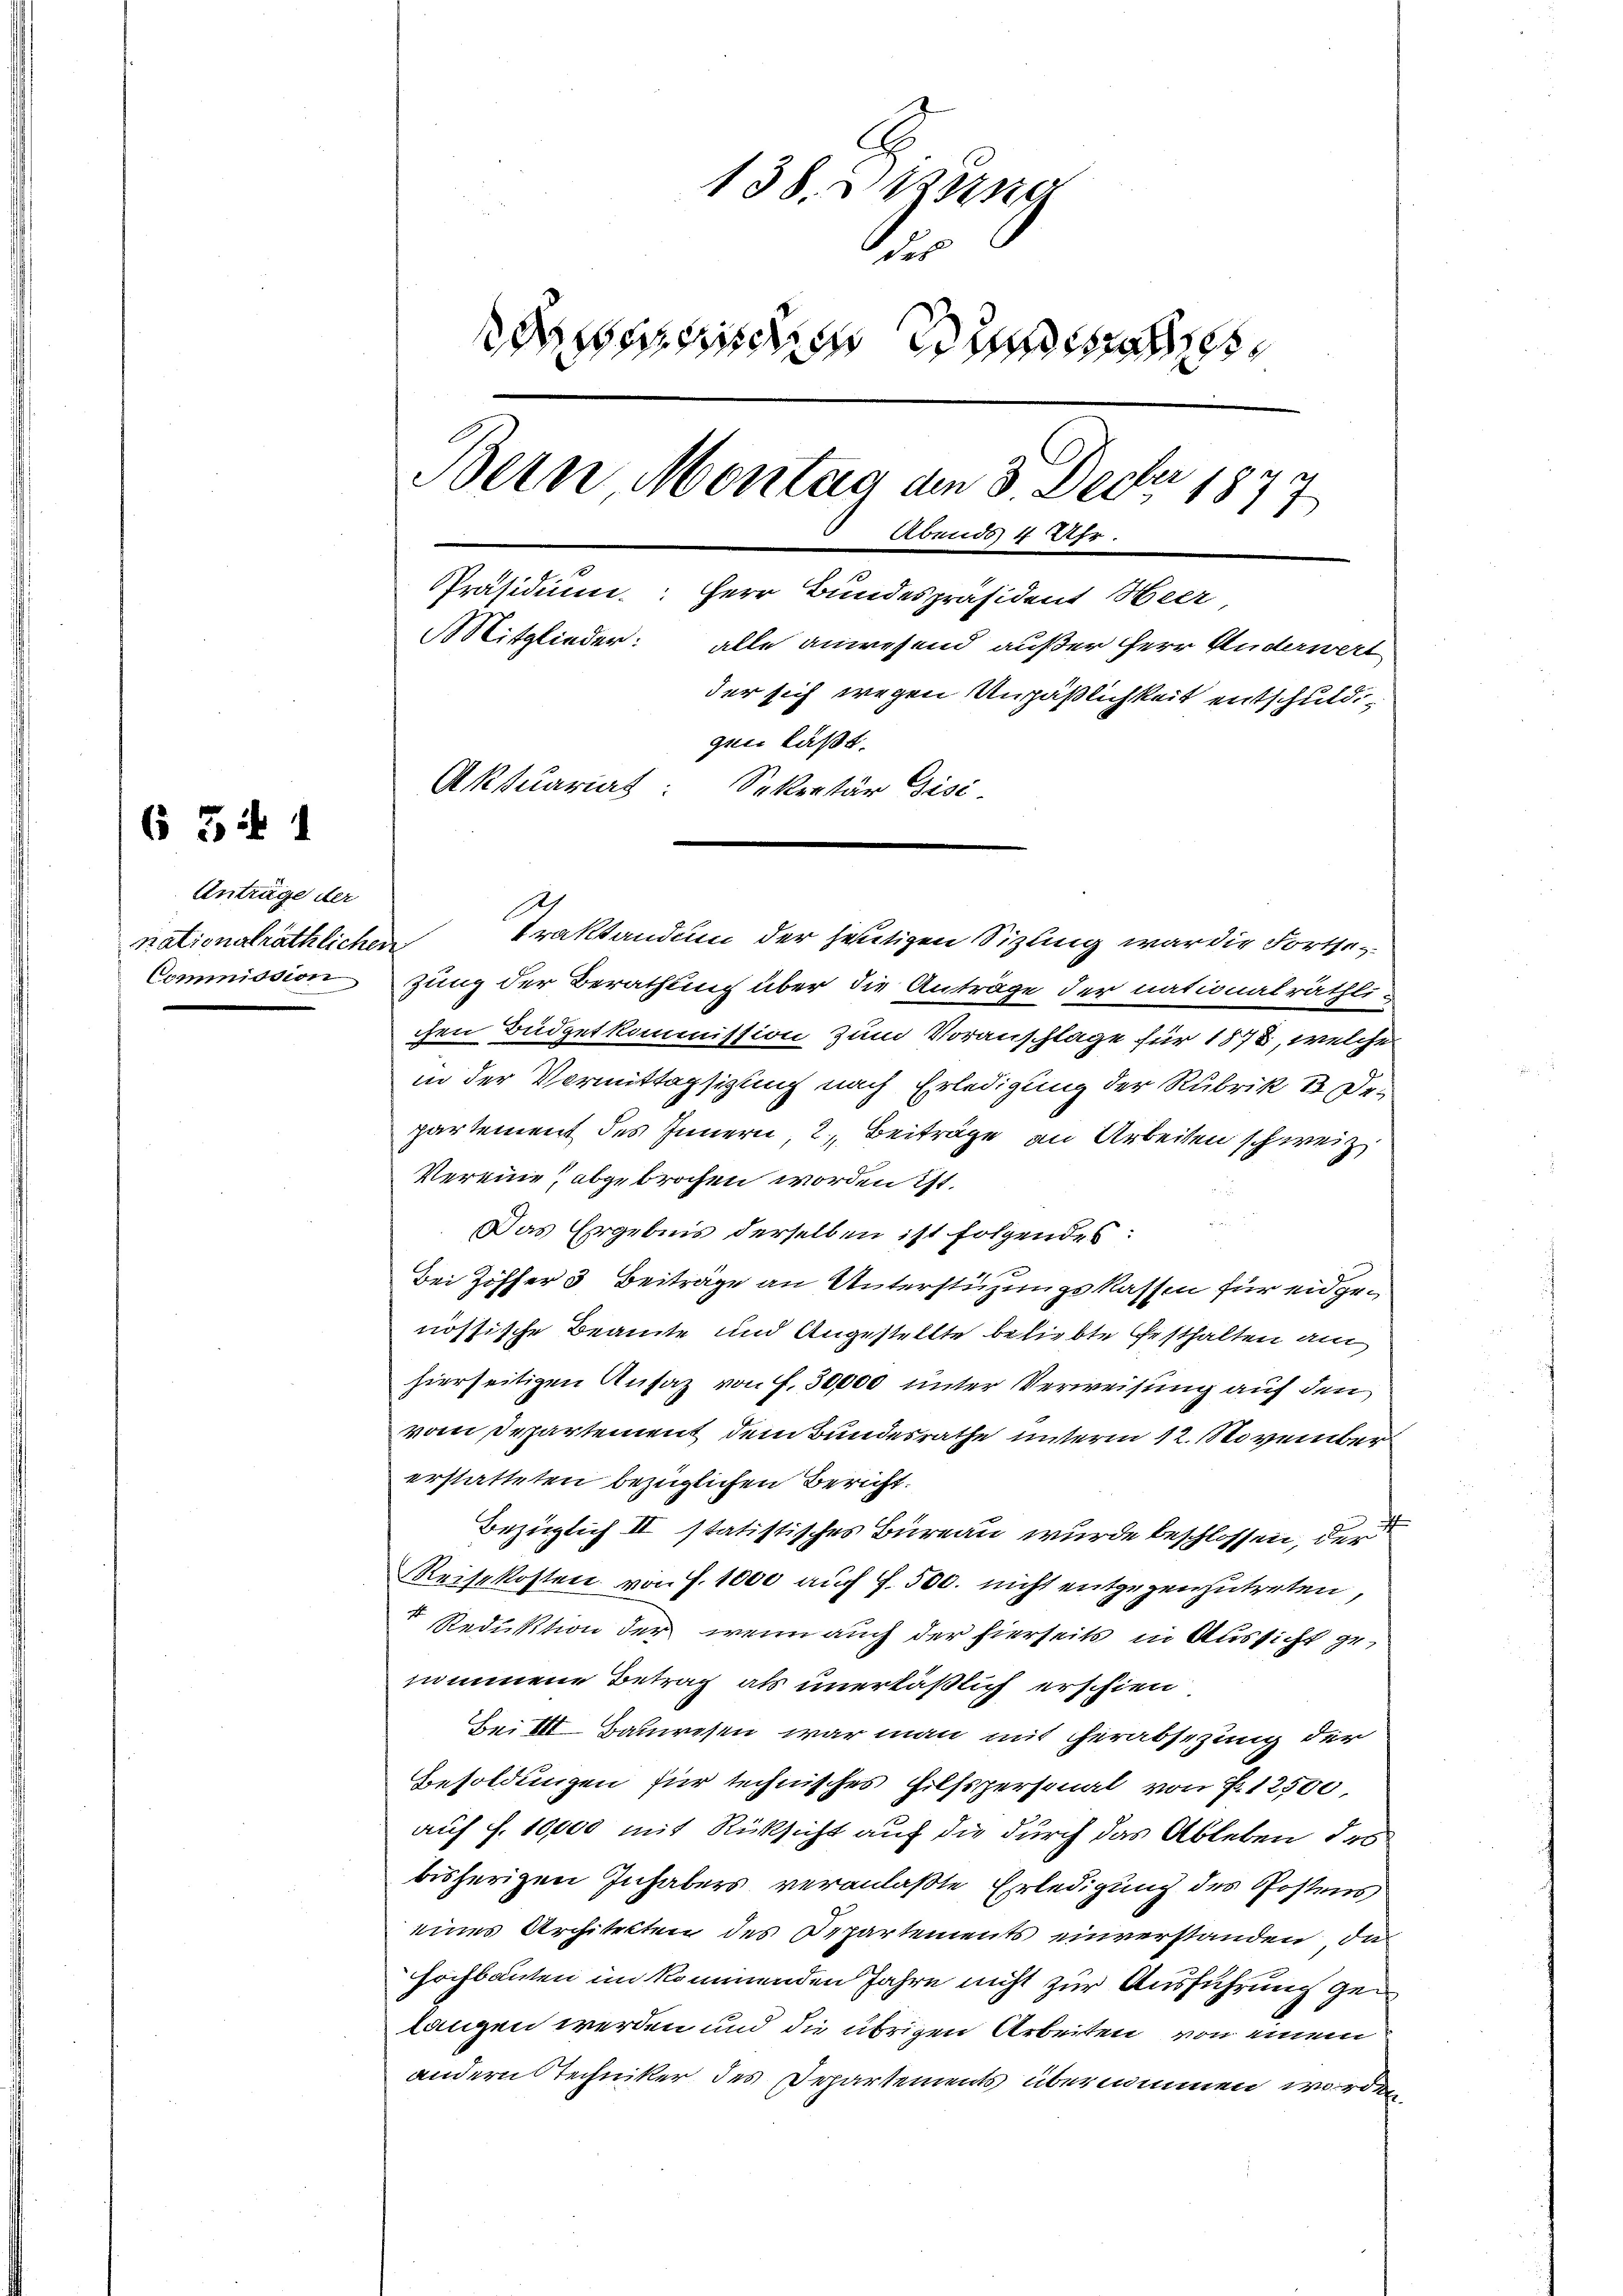
Anträge der
nationalräthlichen

6 5 f 1

138. Werne
Aus
deinen und
Bern Montag am 3. Decbr 1879
Abends 4 Uhr.
Präsidium. Herr Bundespräsident Heer,
Mitglieder:
alle anwesend außer Herr Anderwert
der sich wegen Unpäßlichkeit entschuldigen läßt.
Aktuariat: Sekretär Gise

Traktandum der heutigen Sizling war die Fortse¬
Commission zung der Berathung über die Anträge der nationalräthlichen Büdgetkommission zum Voranschlage für 1878, welche
in der Vermittagsizung nach Erledigung der Rubrik 12 Dr.
partement des Innern, 2. Beiträge, an Arbeiten schweiz
Vereine, abgebrochen worden ist.
Das Ergebnis derselben ist folgendes
Bei Ziffer 3 Beiträge an Unterstüzungskassen für eidgenössische Beamte und Angestellte beliebte festhalten am
hierseitigen Ansaz von f. 30000 unter Verweisung auf den
vom Departement dem Bundesrathe unterm 12. November
erstatteten bezüglichen Bericht.
Bezüglich II statistisches Büreau wurde beschlossen, der
Reisekosten von f. 1000 auch f. 500. nicht entgegenzutreten,
 Reduktion der wenn auch der hierseits in Aussicht genommene Betrag als unerläßlich erschien
Bei III Bauwesen war man mit herabsezung der
Besoldungen für technisches Hilfspersonal von P. 12500,
auf S. 10,000 mit Rücksicht auf die durch das Ableben des
bisherigen Inhabers veranlaßte Erledigung des Postens
eines Architekten des Departements einverstanden, da
hochbauten im kommenden Jahre nicht zur Ausführung gelangen werden und die übrigen Arbeiten von einem
andern Stechniker des Departements übernommen worden